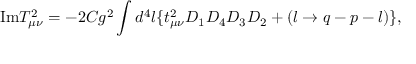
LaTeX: \mathrm { I m } T _ { \mu \nu } ^ { 2 } = - 2 C g ^ { 2 } \int d ^ { 4 } l \{ t _ { \mu \nu } ^ { 2 } D _ { 1 } D _ { 4 } D _ { 3 } D _ { 2 } + ( l \rightarrow q - p - l ) \} ,